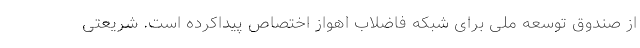
از صندوق توسعه ملی برای شبکه فاضلاب اهواز اختصاص پیداکرده است. شریعتی